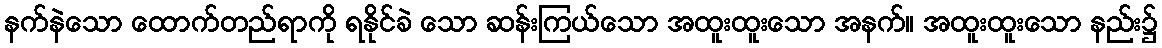
နက်နဲသော ထောက်တည်ရာကို ရနိုင်ခဲ သော ဆန်းကြယ်သော အထူးထူးသော အနက်။ အထူးထူးသော နည်း၌